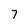
Character: 7